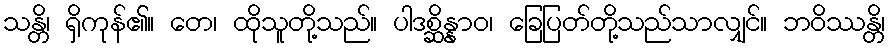
သန္တိ၊ ရှိကုန်၏။ တေ၊ ထိုသူတို့သည်။ ပါဒစ္ဆိန္နာဝ၊ ခြေပြတ်တို့သည်သာလျှင်။ ဘဝိဿန္တိ၊